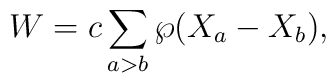
W = c \sum_{a>b}  \wp(X_a-X_b),